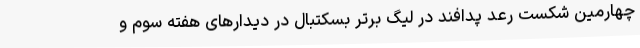
چهارمین شکست رعد پدافند در لیگ برتر بسکتبال در دیدارهای هفته سوم و